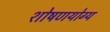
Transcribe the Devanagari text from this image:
शोषणयोग्य